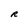
Character: R